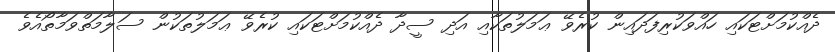
ދެއްކުމަށްޓަކައި ހައްވަކުރިފަދައިން ކުރެވޭ ޢަމަލުތަކާއި އަދި ސީދާ ދެއްކުމަށްޓަކައި ކުރެވޭ ޢަމަލުތަކުން ސަލާމަތްވަމާތޯއެވެ